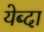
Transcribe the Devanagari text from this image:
येब्दा